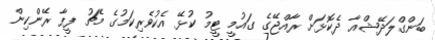
ބަންގްލަދޭޝްއާ ދެކޮޅަށް ރާއްޖޭގެ ގައުމީ ޓީމު ކުޅޭ އެކުވެރިކަމުގެ މެޗު ފީފާ ރޭންކިން